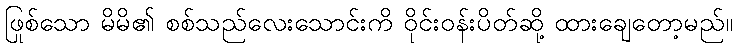
ဖြစ်သော မိမိ၏ စစ်သည်လေးသောင်းကို ဝိုင်းဝန်းပိတ်ဆို့ ထားချေတော့မည်။